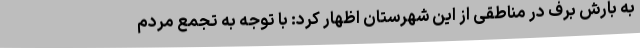
به بارش برف در مناطقی از این شهرستان اظهار کرد: با توجه به تجمع مردم